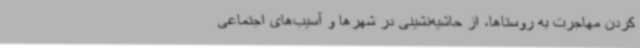
کردن مهاجرت به روستاها، از حاشیه‌نشینی در شهرها و آسیب‌های اجتماعی